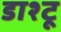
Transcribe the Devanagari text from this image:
डाश्टू